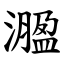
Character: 㵬